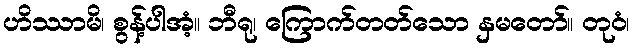
ဟိဿာမိ၊ စွန့်ပါအံ့။ ဘီရု၊ ကြောက်တတ်သော နှမတော်။ တုဝံ၊